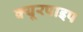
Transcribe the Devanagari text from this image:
क्‍यूरपाइप